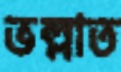
ভল্লাত